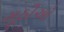
મૂઠીઓ